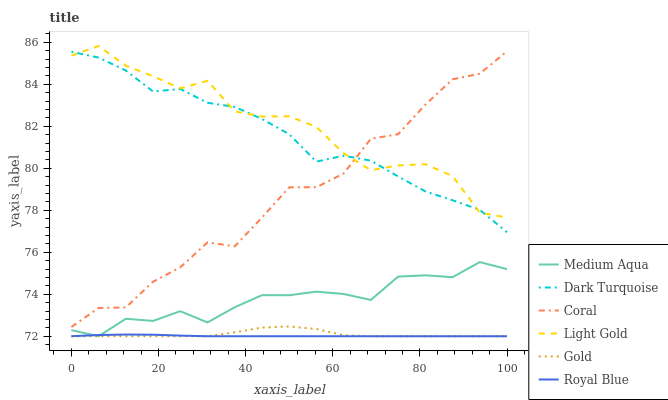
| xaxis_label | Medium Aqua | Dark Turquoise | Coral | Light Gold | Gold | Royal Blue |
 | --- | --- | --- | --- | --- | --- | --- |
 | 0 | 72.3 | 85.6 | 72.4 | 85.4 | 72 | 72 |
 | 6.25 | 72 | 85.3 | 73.3 | 85.8 | 72 | 72.1 |
 | 12.5 | 72.8 | 84.7 | 73.4 | 84.9 | 72 | 72.1 |
 | 18.8 | 72.7 | 83.7 | 74.6 | 84.4 | 72 | 72.1 |
 | 25 | 73.2 | 83.8 | 75.3 | 83.8 | 72 | 72 |
 | 31.2 | 72.7 | 83.1 | 76.5 | 84.2 | 72 | 72 |
 | 37.5 | 73.4 | 82.9 | 76.3 | 82.7 | 72.2 | 72 |
 | 43.8 | 74 | 82.4 | 77.7 | 82.5 | 72.4 | 72 |
 | 50 | 74 | 81.6 | 79.1 | 82.5 | 72.5 | 72 |
 | 56.2 | 74.1 | 80.3 | 79.1 | 82 | 72.3 | 72 |
 | 62.5 | 74 | 80.6 | 79.8 | 80.7 | 72 | 72 |
 | 68.8 | 73.7 | 80.4 | 81.4 | 79.9 | 72 | 72 |
 | 75 | 74.8 | 79.6 | 81.6 | 80.1 | 72 | 72 |
 | 81.2 | 74.9 | 78.9 | 83 | 80.2 | 72 | 72 |
 | 87.5 | 74.8 | 78.5 | 84.2 | 79.6 | 72 | 72 |
 | 93.8 | 75.5 | 78 | 84.5 | 77.9 | 72 | 72 |
 | 100 | 75.2 | 77 | 85.6 | 77.7 | 72 | 72 |